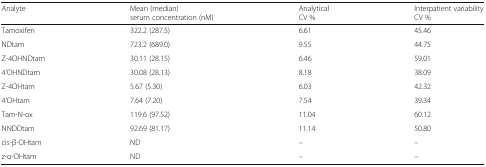
<table><thead><tr><td><b>Analyte</b></td><td><b>Mean (median)serum concentration (nM)</b></td><td><b>AnalyticalCV %</b></td><td><b>Interpatient variabilityCV %</b></td></tr></thead><tbody><tr><td>Tamoxifen</td><td>322.2 (287.5)</td><td>6.61</td><td>45.46</td></tr><tr><td>NDtam</td><td>723.2 (689.0)</td><td>9.55</td><td>44.75</td></tr><tr><td>Z-4OHNDtam</td><td>30.11 (28.15)</td><td>6.46</td><td>59.01</td></tr><tr><td>4&#x27;OHNDtam</td><td>30.08 (28.13)</td><td>8.18</td><td>38.09</td></tr><tr><td>Z-4OHtam</td><td>5.67 (5.30)</td><td>6.03</td><td>42.32</td></tr><tr><td>4&#x27;OHtam</td><td>7.64 (7.20)</td><td>7.54</td><td>39.34</td></tr><tr><td>Tam-N-ox</td><td>119.6 (97.52)</td><td>11.04</td><td>60.12</td></tr><tr><td>NNDDtam</td><td>92.69 (81.17)</td><td>11.14</td><td>50.80</td></tr><tr><td>cis-β-OHtam</td><td>ND</td><td>–</td><td>–</td></tr><tr><td>z-α-OHtam</td><td>ND</td><td>–</td><td>–</td></tr></tbody></table>